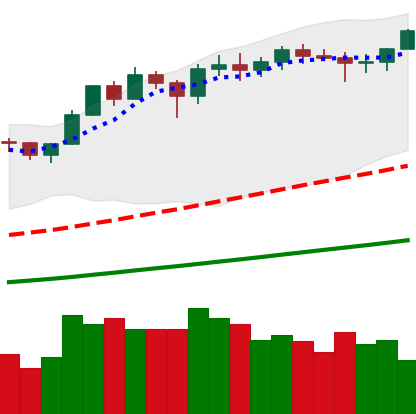
Ticker: ETH-USD
Chart end date: 2021-02-18
Forward return: -18.955%
Label: down_7plus